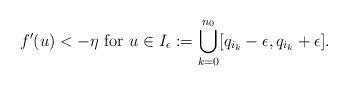
LaTeX: \begin{align*}f'(u)<-\eta \mbox{ for } u\in I_\epsilon:=\bigcup_{k=0}^{n_0}[q_{i_k}-\epsilon, q_{i_k}+\epsilon].\end{align*}